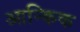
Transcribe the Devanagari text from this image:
आन्किक